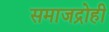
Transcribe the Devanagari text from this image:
समाजद्रोही